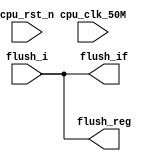
module jump_judge (
    input   cpu_clk_50M,
    input   cpu_rst_n,

    input   wire    flush_i,
    output  wire    flush_if,
    output  reg     flush_reg

);
    assign  flush_if = flush_i;

    always @(cpu_clk_50M) begin
        flush_reg   <=  flush_i;
    end 
endmodule